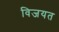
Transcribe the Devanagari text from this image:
विजयत